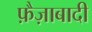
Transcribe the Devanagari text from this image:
फ़ैज़ाबादी